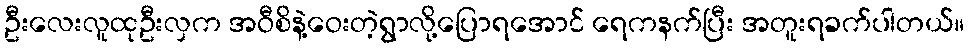
ဦးလေးလူထုဦးလှက အဝီစိနဲ့ဝေးတဲ့ရွာလို့ပြောရအောင် ရေကနက်ပြီး အတူးရခက်ပါတယ်။